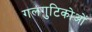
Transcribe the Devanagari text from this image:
गलगुटिकोओं